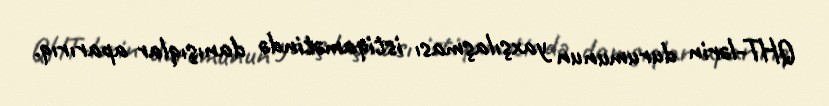
QHT-lərin durumunun yaxşılaşması istiqamətində danışıqlar aparırıq.